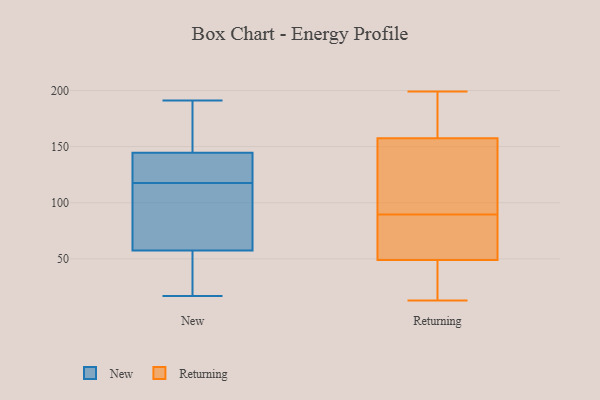
{"axis": {"x": "Operating Costs (USD K)", "y": "Value"}, "legend": ["New", "Returning"], "data": [{"x": "", "y": 118, "type": "New"}, {"x": "", "y": 138, "type": "New"}, {"x": "", "y": 59, "type": "New"}, {"x": "", "y": 117, "type": "New"}, {"x": "", "y": 152, "type": "New"}, {"x": "", "y": 171, "type": "New"}, {"x": "", "y": 139, "type": "New"}, {"x": "", "y": 41, "type": "New"}, {"x": "", "y": 144, "type": "New"}, {"x": "", "y": 77, "type": "New"}, {"x": "", "y": 191, "type": "New"}, {"x": "", "y": 52, "type": "New"}, {"x": "", "y": 17, "type": "New"}, {"x": "", "y": 58, "type": "New"}, {"x": "", "y": 145, "type": "New"}, {"x": "", "y": 57, "type": "New"}, {"x": "", "y": 13, "type": "Returning"}, {"x": "", "y": 76, "type": "Returning"}, {"x": "", "y": 190, "type": "Returning"}, {"x": "", "y": 199, "type": "Returning"}, {"x": "", "y": 150, "type": "Returning"}, {"x": "", "y": 99, "type": "Returning"}, {"x": "", "y": 96, "type": "Returning"}, {"x": "", "y": 172, "type": "Returning"}, {"x": "", "y": 83, "type": "Returning"}, {"x": "", "y": 70, "type": "Returning"}, {"x": "", "y": 81, "type": "Returning"}, {"x": "", "y": 144, "type": "Returning"}, {"x": "", "y": 48, "type": "Returning"}, {"x": "", "y": 165, "type": "Returning"}, {"x": "", "y": 30, "type": "Returning"}, {"x": "", "y": 105, "type": "Returning"}, {"x": "", "y": 50, "type": "Returning"}, {"x": "", "y": 48, "type": "Returning"}, {"x": "", "y": 25, "type": "Returning"}, {"x": "", "y": 182, "type": "Returning"}]}